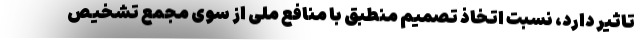
تاثیر دارد، نسبت اتخاذ تصمیم منطبق با منافع ملی از سوی مجمع تشخیص